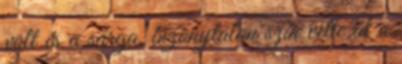
volt és a sárga, bizonytalan szín vette át a